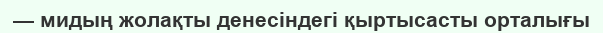
— мидың жолақты денесіндегі қыртысасты орталығы